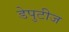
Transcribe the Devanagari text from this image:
डेपुटीज